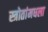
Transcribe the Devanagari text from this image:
स्त्रोतांमधला